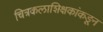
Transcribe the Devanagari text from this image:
चित्रकलाशिक्षकांकडून